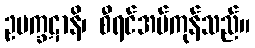
ဥပက္ခဋာနိ၊ စီရင်အပ်ကုန်သည်။